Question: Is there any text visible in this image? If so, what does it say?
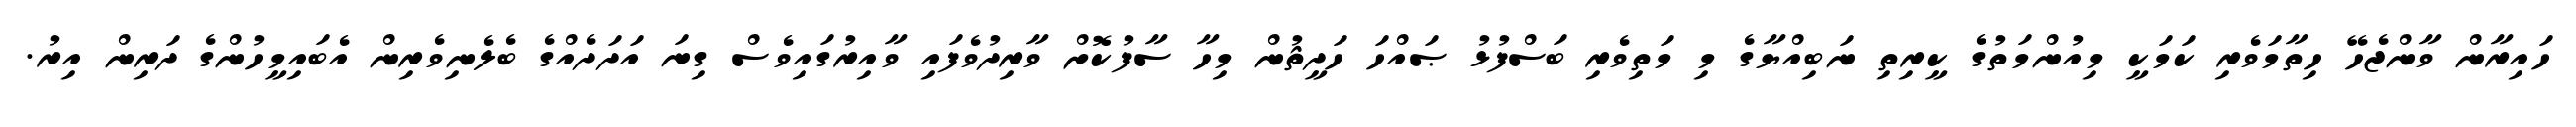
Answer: ހައިރާން ވާންޖެހޭ ހިތާމަވެރި ކަމަކީ މިއުންމަތުގެ ކީރިތި ނަބިއްޔާގެ މި މަތިވެރި ބަސްފުޅު ޞައްހަ ހަދީޘުން މިހާ ސާފުކޮށް ވާރިދުވެފައި ވާއިރުގައިވެސް ގިނަ އަދަދެއްގެ ބެލެނިވެރިން އެބައިމީހުންގެ ދަރިން އިރު.